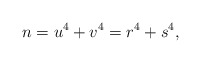
\begin{align*} n=u^4+v^4=r^4+s^4, \end{align*}